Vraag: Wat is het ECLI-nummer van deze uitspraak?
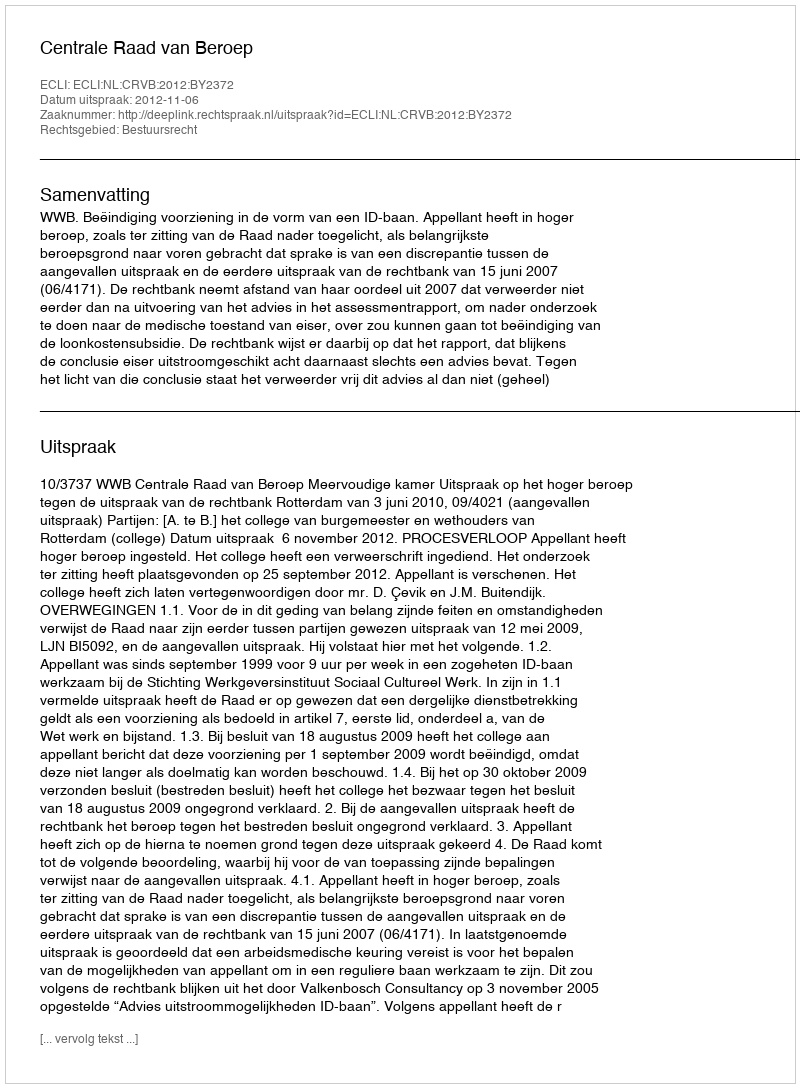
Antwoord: ECLI:NL:CRVB:2012:BY2372